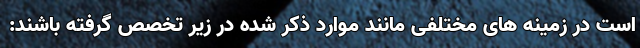
است در زمینه های مختلفی مانند موارد ذکر شده در زیر تخصص گرفته باشند: